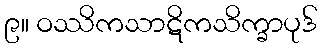
၉။ ဝဿိကသာဋိကသိက္ခာပုဒ်